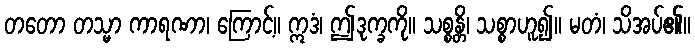
တတော တသ္မာ ကာရဏာ၊ ကြောင့်။ ဣဒံ၊ ဤဒုက္ခကို။ သစ္စန္တိ၊ သစ္စာဟူ၍။ မတံ၊ သိအပ်၏။